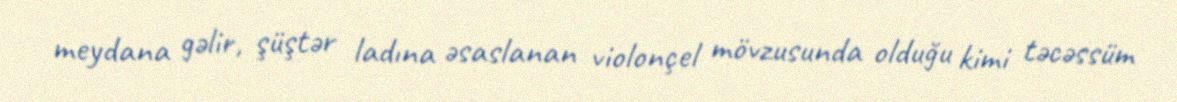
meydana gəlir, şüştər ladına əsaslanan violonçel mövzusunda olduğu kimi təcəssüm